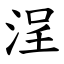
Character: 浧